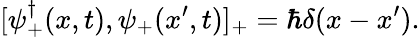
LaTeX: [\psi_{+}^{\dagger}(x,t),\psi_{+}(x^{\prime},t)]_{+}=\hbar\delta(x-x^{\prime}).